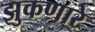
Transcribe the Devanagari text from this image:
झुकणारे